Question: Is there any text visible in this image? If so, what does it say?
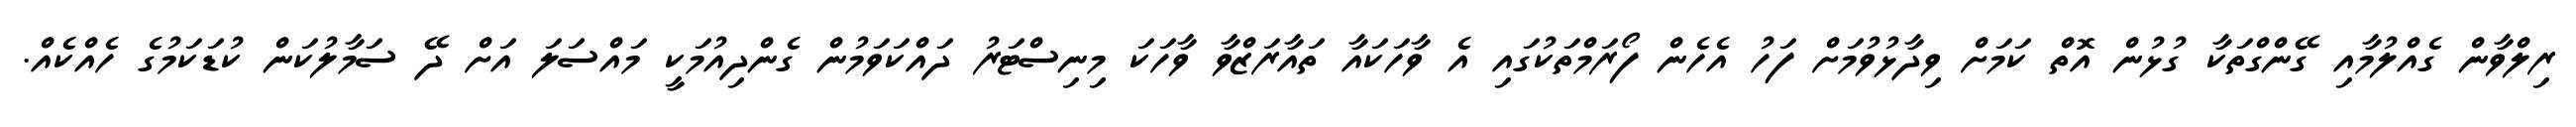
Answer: ރިލްވާން ގެއްލުމާއި ގޭންގްތަކާ ގުޅުން އޮތް ކަމަށް ވިދާޅުވުމަށް ފަހު އެހެން ފޯރަމްތަކުގައި އެ ވާހަކައާ ތައާރަޒްވާ ވާހަކަ މިނިސްޓަރު ދައްކަވަމުން ގެންދިއުމަކީ މައްސަލަ އަށް ދޭ ސަމާލުކަން ކުޑަކަމުގެ ހެއްކެއް.